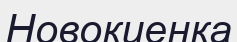
Новокиенка